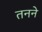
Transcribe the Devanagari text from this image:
तनने